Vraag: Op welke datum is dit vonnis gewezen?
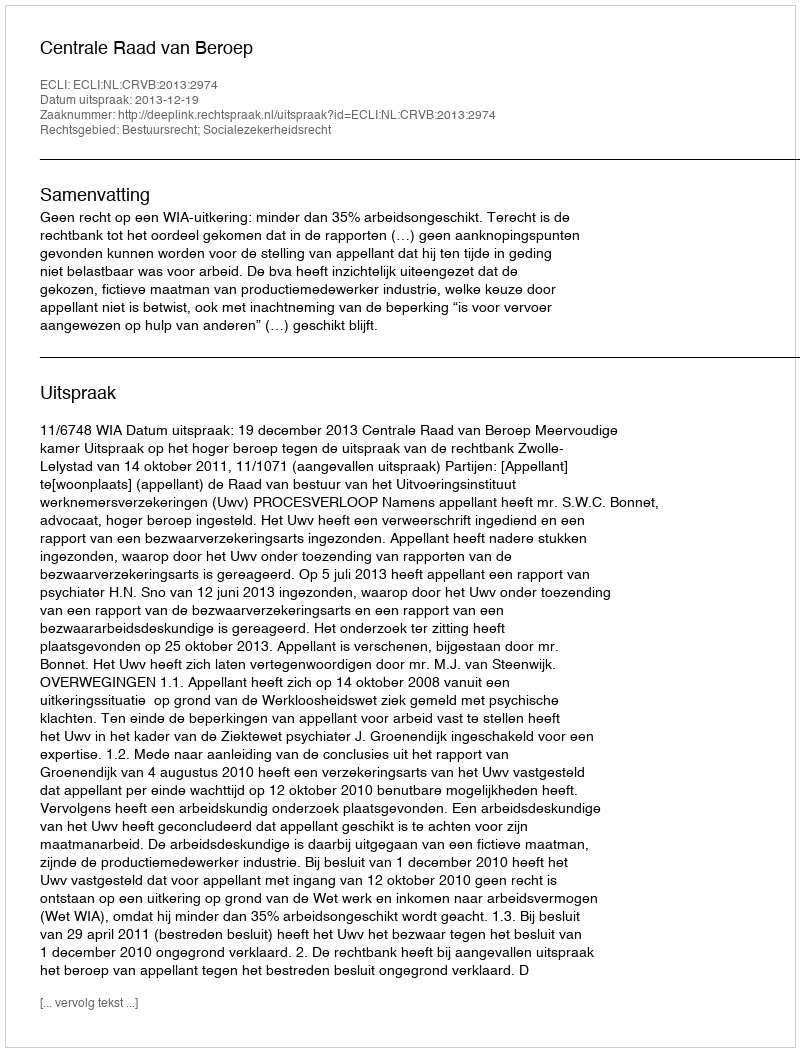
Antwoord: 2013-12-19